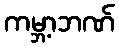
ကမ္ဘာ့ဘဏ်